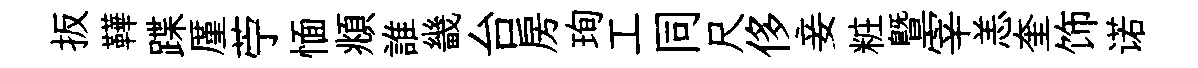
扳鞾蹀厪苧愐頫誰畿台房珣工同尺侈妾粧曁宰恙奎饰诺